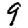
Digit: 9